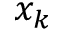
x _ { k }